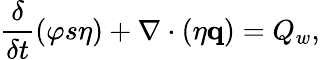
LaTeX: \frac{\delta}{\delta t}\left(\varphi s\eta\right)+\nabla\cdot\left(\eta\mathbf{q}\right)=Q_{w},